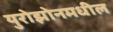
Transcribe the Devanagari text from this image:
युरोझोनमधील